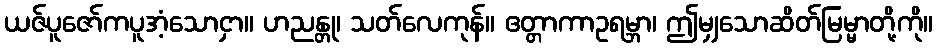
ယဇ်ပူဇော်ကပူအံ့သောငှာ။ ဟညန္တု၊ သတ်လေကုန်။ ဧတ္တာကာဥရမ္ဘာ၊ ဤမျှသောဆိတ်မြမ္မာတို့ကို။